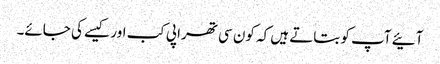
آئیے آپ کو بتاتے ہیں کہ کون سی تھراپی کب اور کیسے کی جائے۔